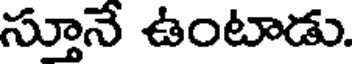
స్తూనే ఉంటాడు.